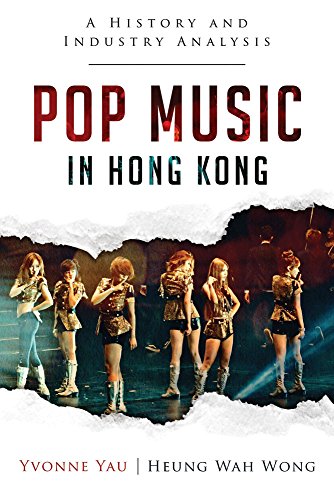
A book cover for Pop Music in Hong Kong: A History and Industry Analysis (Creative Industries in East Asia); Yvonne Yau; History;